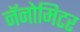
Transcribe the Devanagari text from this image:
नॅनोमिटर